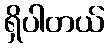
ရှိပါတယ်